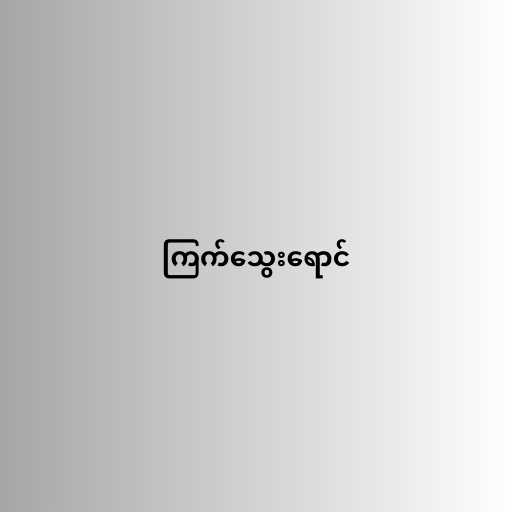
ကြက်သွေးရောင်